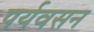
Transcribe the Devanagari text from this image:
पर्यवसन